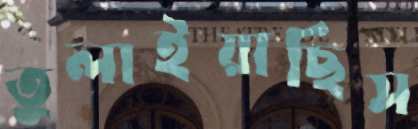
তুলাইয়াছিস